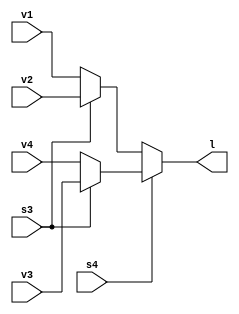
module mux_41opration(l,v1,v2,v3,v4,s4,s3);
parameter WIDTH=4;
input [3:0]v1;
 input [3:0]v2;
input [3:0]v3;
input [3:0]v4;
input s4;
input s3;
output[3:0]l;
assign l=(s4==0?(s3==0?v1:v2):(s3==1?v3:v4));
endmodule